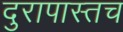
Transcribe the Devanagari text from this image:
दुरापास्तच